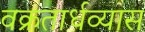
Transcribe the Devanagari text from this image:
वक्रतार्धव्यास